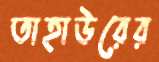
তাহাউরের